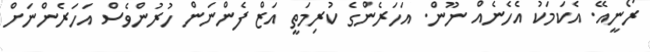
ރޯނީއޭ. އެކަމަކު އެހެނެއް ނޫން. އަހަރެންގެ ކުރިމަތީ އަޒް ފެންނަން ހުރުންވެސް އަހަރެންނަށް